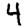
Digit: 4